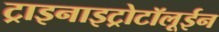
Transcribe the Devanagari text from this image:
ट्राइनाइट्रोटॉलूईन